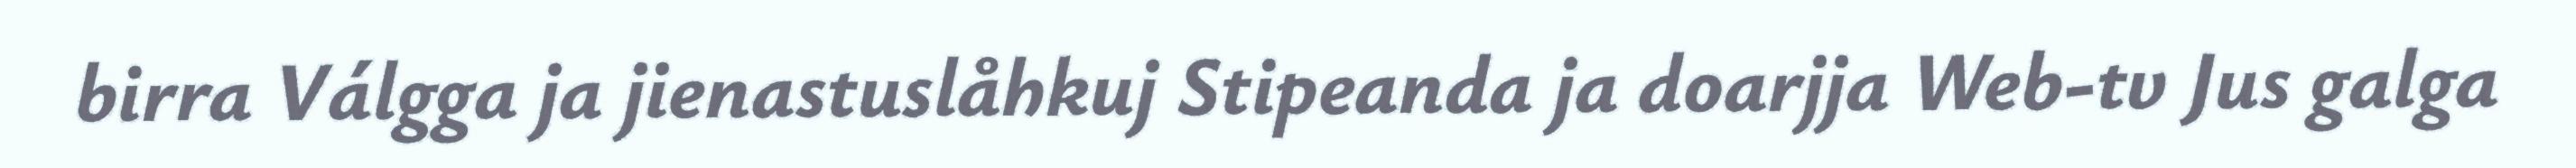
birra Válgga ja jienastuslåhkuj Stipeanda ja doarjja Web-tv Jus galga